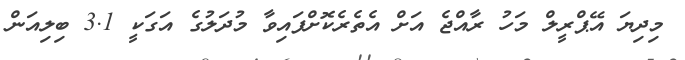
މިދިޔަ އޭޕްރީލް މަހު ރާއްޖެ އަށް އެތެރެކޮށްފައިވާ މުދަލުގެ އަގަކީ 3.1 ބިލިއަން